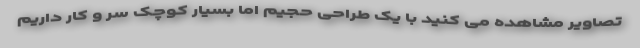
تصاویر مشاهده می کنید با یک طراحی حجیم اما بسیار کوچک سر و کار داریم